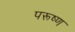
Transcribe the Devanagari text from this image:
परूष्ण